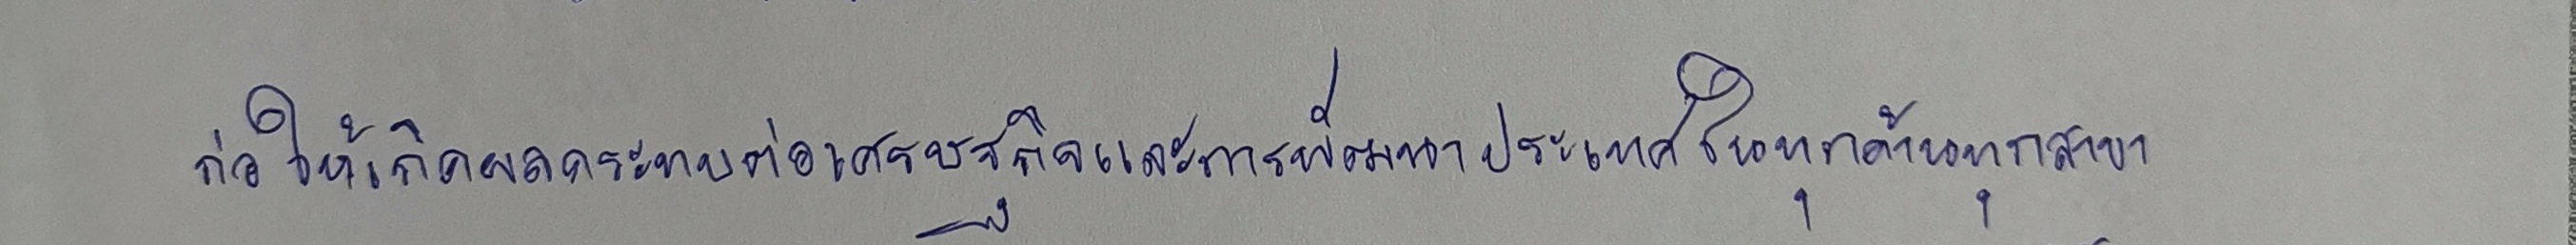
ก่อให้เกิดผลกระทบต่อเศรษฐกิจและการพัฒนาประเทศในทุกด้านทุกสาขา